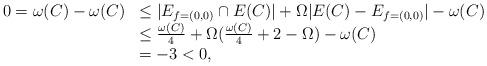
LaTeX: \begin{align*}\begin{array}{lllllllllll}0=\omega(C)-\omega(C)&\le |E_{f=(0,0)}\cap E(C)|+\Omega|E(C)-E_{f=(0,0)}|-\omega(C)\\&\le \frac{\omega(C)}{4}+\Omega(\frac{\omega(C)}{4}+2-\Omega)-\omega(C)\\&=-3<0,\end{array}\end{align*}